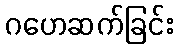
ဂဟေဆက်ခြင်း